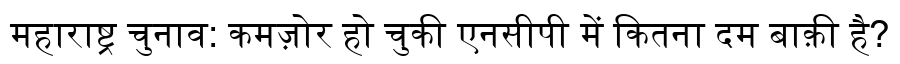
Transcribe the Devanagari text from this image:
महाराष्ट्र चुनाव: कमज़ोर हो चुकी एनसीपी में कितना दम बाक़ी है?